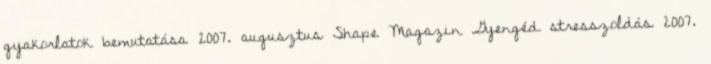
gyakorlatok bemutatása 2007. augusztus Shape Magazin Gyengéd stresszoldás 2007.